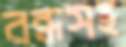
বন্ধসহ